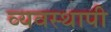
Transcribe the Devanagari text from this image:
व्यवस्थापी